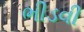
ભીડવી